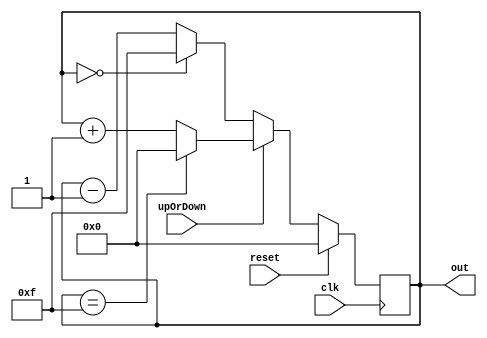
`timescale 1ns/1ps

module counter(out,reset,clk,upOrDown);

output reg [3:0] out;
input reset,clk,upOrDown;

always @(posedge clk)
begin
	if(reset==1)
		out=0;
	else
	begin
		if(upOrDown==1)
			if(out==15)
				out=0;
			else
				out=out+1;
		else
			if(out==0)
				out=15;
			else
				out=out-1;
	end
end
endmodule

module testbench();

reg clk,reset,upOrDown;
wire [3:0] out;

counter uut(out,reset,clk,upOrDown);

initial begin

$dumpfile ("count1.vcd"); 
$dumpvars(0,testbench);

clk=0;
reset=1;
#10
reset=0;
upOrDown=1;
#100
upOrDown=0;
end

always #5 clk=~clk;

endmodule